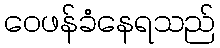
ဝေဖန်ခံနေရသည်